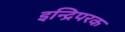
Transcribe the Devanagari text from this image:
इन्द्रिपरक